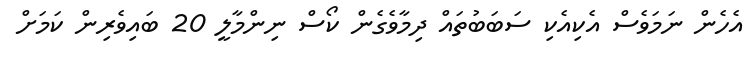
އެހެން ނަމަވެސް އެކިއެކި ސަބަބުތައް ދިމާވެގެން ކޯސް ނިންމާލީ 20 ބައިވެރިން ކަމަށް